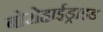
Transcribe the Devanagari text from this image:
बोरोहाईड्राइड